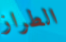
الطراز